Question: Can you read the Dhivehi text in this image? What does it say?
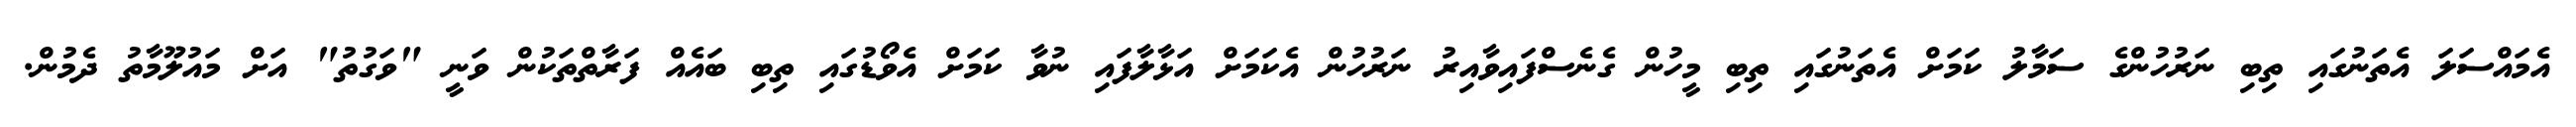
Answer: އެމައްސަލަ އެތަނުގައި ތިބި ނަރުހުންގެ ސަމާލު ކަމަށް އެތަނުގައި ތިބި މީހުން ގެނެސްފައިވާއިރު ނަރުހުން އެކަމަށް އަޅާލާފައި ނުވާ ކަމަށް އެވޯޑުގައި ތިބި ބައެއް ފަރާތްތަކުން ވަނީ "ވަގުތު" އަށް މައުލޫމާތު ދެމުން.